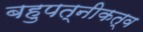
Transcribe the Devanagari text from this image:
बहुपत्नीकत्व